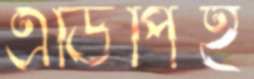
এডিপিই